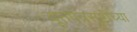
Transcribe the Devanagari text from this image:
वूत्तपत्रसृष्टीच्या